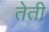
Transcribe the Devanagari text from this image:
तेती